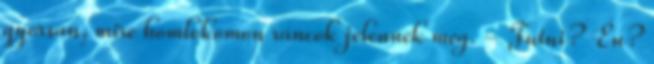
gyorsan, mire homlokomon ráncok jelennek meg. - Futni? Én?